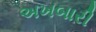
અખબારી